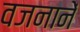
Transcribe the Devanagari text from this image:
वजनानें